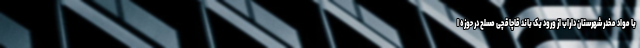
با مواد مخدر شهرستان داراب از ورود یک باند قاچاقچی مسلح در حوزه ا